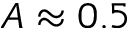
A \approx 0 . 5